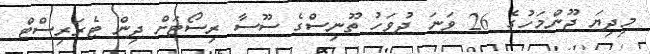
މިދިޔަ ޖޫންމަހުގެ 26 ވަނަ ދުވަހު ތޫނިސްގެ ސޫސާ ރިސޯޓަށް ދިން ޓެރަރިސްޓް